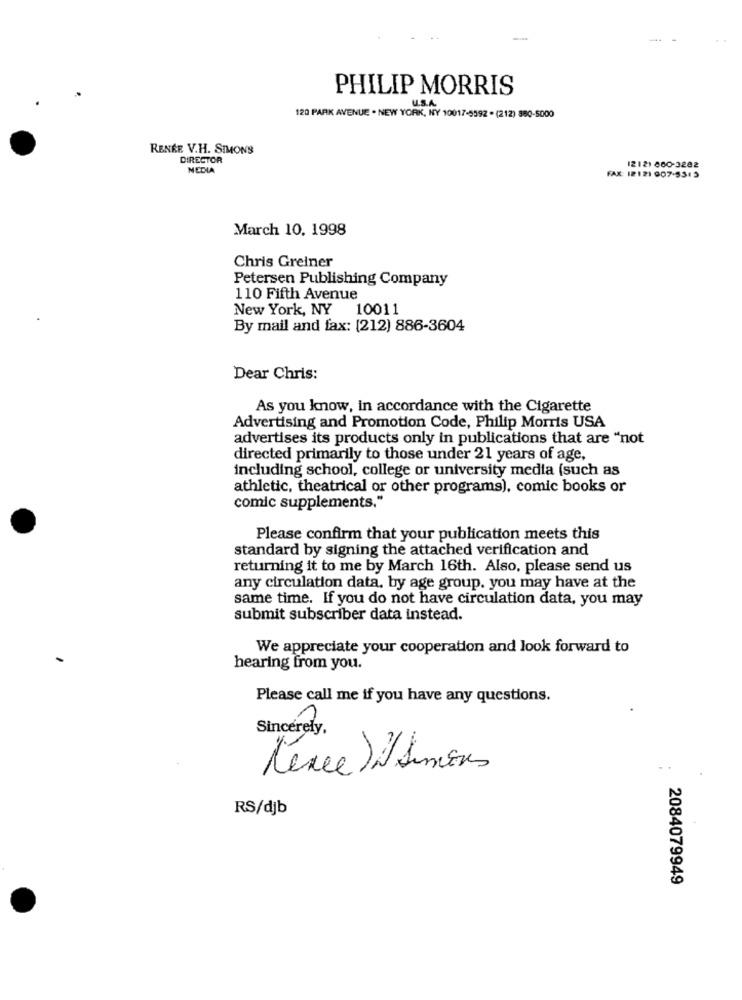
PHILIP MORRIS
120 PARK AVENUE . NEW YORK, NY 10017-5592 - (212) 880-5000
RENEE V.H. SIMONS
DIRECTOR
1212) 800-3282
MEDIA
FAX: 12121 007-5313
March 10, 1998
Chris Greiner
Petersen Publishing Company
110 Fifth Avenue
New York, NY 10011
By mail and fax: (212) 886-3604
Dear Chris:
As you know, in accordance with the Cigarette
Advertising and Promotion Code, Philip Morris USA
advertises its products only in publications that are "not
directed primarily to those under 21 years of age,
including school, college or university media (such as
athletic, theatrical or other programs), comic books or
comic supplements."
Please confirm that your publication meets this
standard by signing the attached verification and
returning it to me by March 16th. Also, please send us
any circulation data. by age group. you may have at the
same time. If you do not have circulation data, you may
submit subscriber data instead.
We appreciate your cooperation and look forward to
hearing from you.
Please call me if you have any questions.
Sincerely,
Kence ) N Simons
.
RS/djb
2084079949